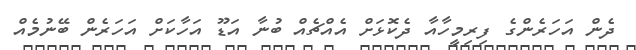
ދެން އަހަރެންގެ ފިރިމީހާއާ ދެކޮޅަށް އެއްޗެއް ބުނާ އަޑޫ އަހާކަށް އަހަރެން ބޭނުމެއް